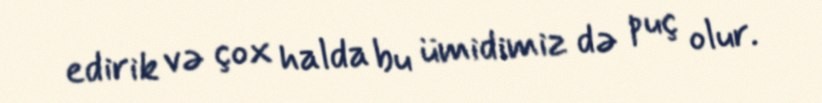
edirik və çox halda bu ümidimiz də puç olur.